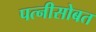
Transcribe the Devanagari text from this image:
पत्नीसोबत